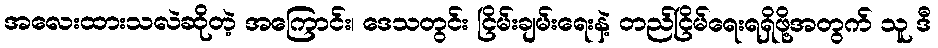
အလေးထားသလဲဆိုတဲ့ အကြောင်း၊ ဒေသတွင်း ငြိမ်းချမ်းရေးနဲ့ တည်ငြိမ်ရေးရရှိဖို့အတွက် သူ ဒီ